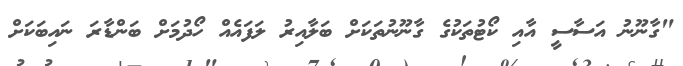
"ގާނޫނު އަސާސީ އާއި ކޯޓުތަކުގެ ގާނޫނުތަކަށް ބަލާއިރު ލަފައެއް ހޯދުމަށް ބަންޑާރަ ނައިބަކަށް